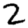
Digit: 2